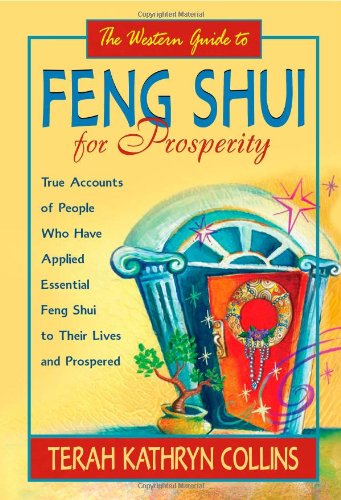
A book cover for The Western Guide to Feng Shui for Prosperity: Revised Edition!: True Accounts of People Who Have Applied Essential Feng Shui to Their Lives and Prospered; Terah Kathryn Collins; Religion & Spirituality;